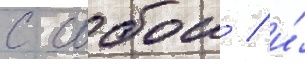
с собои / и́